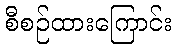
စီစဉ်ထားကြောင်း